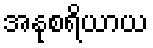
အနုစရိယာယ